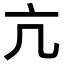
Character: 亢